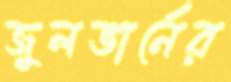
জুলভার্নের